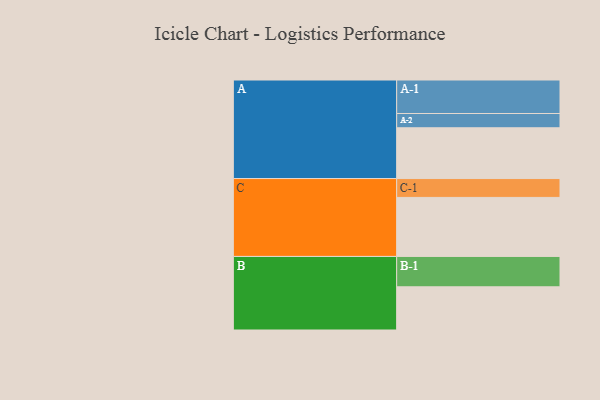
{"axis": {"x": "Segment", "y": "Value"}, "legend": ["", "A", "B", "C"], "data": [{"x": "A", "y": 388, "type": ""}, {"x": "B", "y": 330, "type": ""}, {"x": "C", "y": 451, "type": ""}, {"x": "A-1", "y": 256, "type": "A"}, {"x": "A-2", "y": 109, "type": "A"}, {"x": "B-1", "y": 232, "type": "B"}, {"x": "C-1", "y": 144, "type": "C"}]}